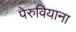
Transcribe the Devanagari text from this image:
पेरुवियाना